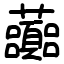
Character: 虈